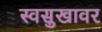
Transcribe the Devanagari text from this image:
स्वसुखावर